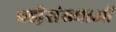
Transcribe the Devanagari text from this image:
बडी़संख्याओं